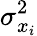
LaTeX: \sigma_{x_{i}}^{2}